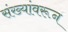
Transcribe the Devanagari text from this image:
संख्यांवरून